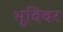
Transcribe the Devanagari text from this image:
भूविवर